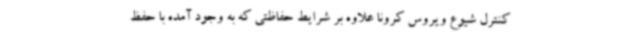
کنترل شیوع ویروس کرونا علاوه بر شرایط حفاظتی که به وجود آمده با حفظ